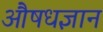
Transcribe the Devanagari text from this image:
औषधज्ञान